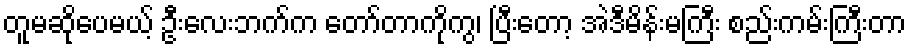
တူမဆိုပေမယ့် ဦးလေးဘက်က တော်တာကိုကွ၊ ပြီးတော့ အဲဒီမိန်းမကြီး စည်းကမ်းကြီးတာ